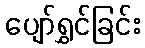
ပျော်ရွှင်ခြင်း